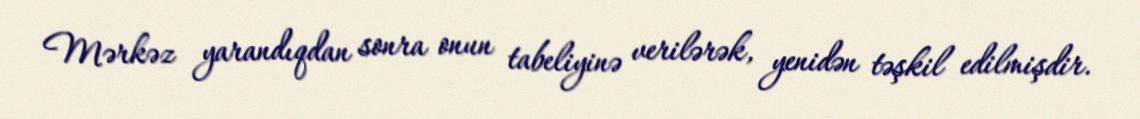
Mərkəz yarandıqdan sonra onun tabeliyinə verilərək, yenidən təşkil edilmişdir.